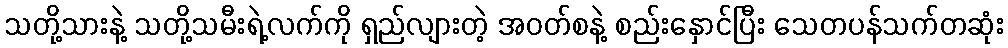
သတို့သားနဲ့ သတို့သမီးရဲ့လက်ကို ရှည်လျားတဲ့ အဝတ်စနဲ့ စည်းနှောင်ပြီး သေတပန်သက်တဆုံး